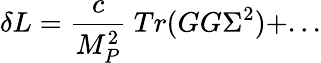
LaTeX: \delta L=\frac{c}{M_{P}^{2}}~Tr(GG\Sigma^{2})+...